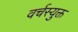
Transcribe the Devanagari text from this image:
वर्चस्युक्त